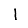
Digit: 1